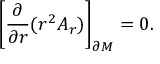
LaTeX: { \left[ { \frac { \partial } { \partial r } } ( r ^ { 2 } A _ { r } ) \right] } _ { \partial M } = 0 .